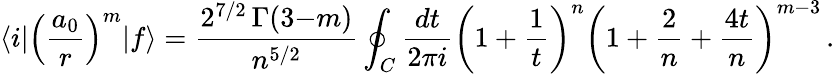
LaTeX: \langle i|\left({\frac{a_{0}}{r}}\right)^{m}|f\rangle={\frac{2^{7/2}\, \Gamma(3{-}m)}{n^{5/2}}}\oint_{C}{\frac{dt}{2\pi i}}\left(1+{\frac{1}{t}}\right)^{n}\left(1+{\frac{2}{n}}+{\frac{4t}{n}}\right)^{m-3}\, .